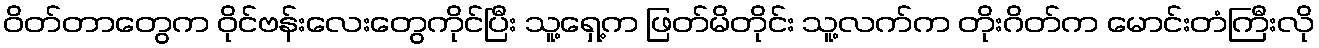
ဝိတ်တာတွေက ဝိုင်ဗန်းလေးတွေကိုင်ပြီး သူ့ရှေ့က ဖြတ်မိတိုင်း သူ့လက်က တိုးဂိတ်က မောင်းတံကြီးလို